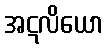
အဋလိယော